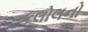
કલોલનો